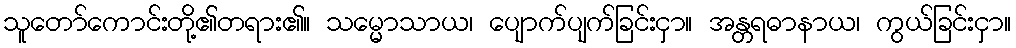
သူတော်ကောင်းတို့၏တရား၏။ သမ္မောသာယ၊ ပျောက်ပျက်ခြင်းငှာ။ အန္တရဓာနာယ၊ ကွယ်ခြင်းငှာ။